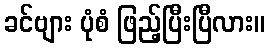
ခင်ဗျား ပုံစံ ဖြည့်ပြီးပြီလား။